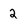
Character: 2